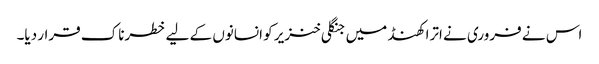
اس نے فروری نے اترا کھنڈ میں جنگلی خنزیر کو انسانوں کے لیے خطرناک قرار دیا۔